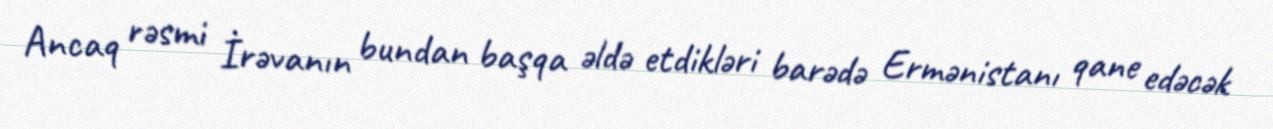
Ancaq rəsmi İrəvanın bundan başqa əldə etdikləri barədə Ermənistanı qane edəcək